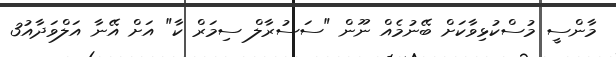
މާންސީ މުސްކުޅިވާކަށް ބޭނުމެއް ނޫން "ސަސުރާލް ސިމަރް ކާ" އަށް އޭނާ އަލްވަދާއު3